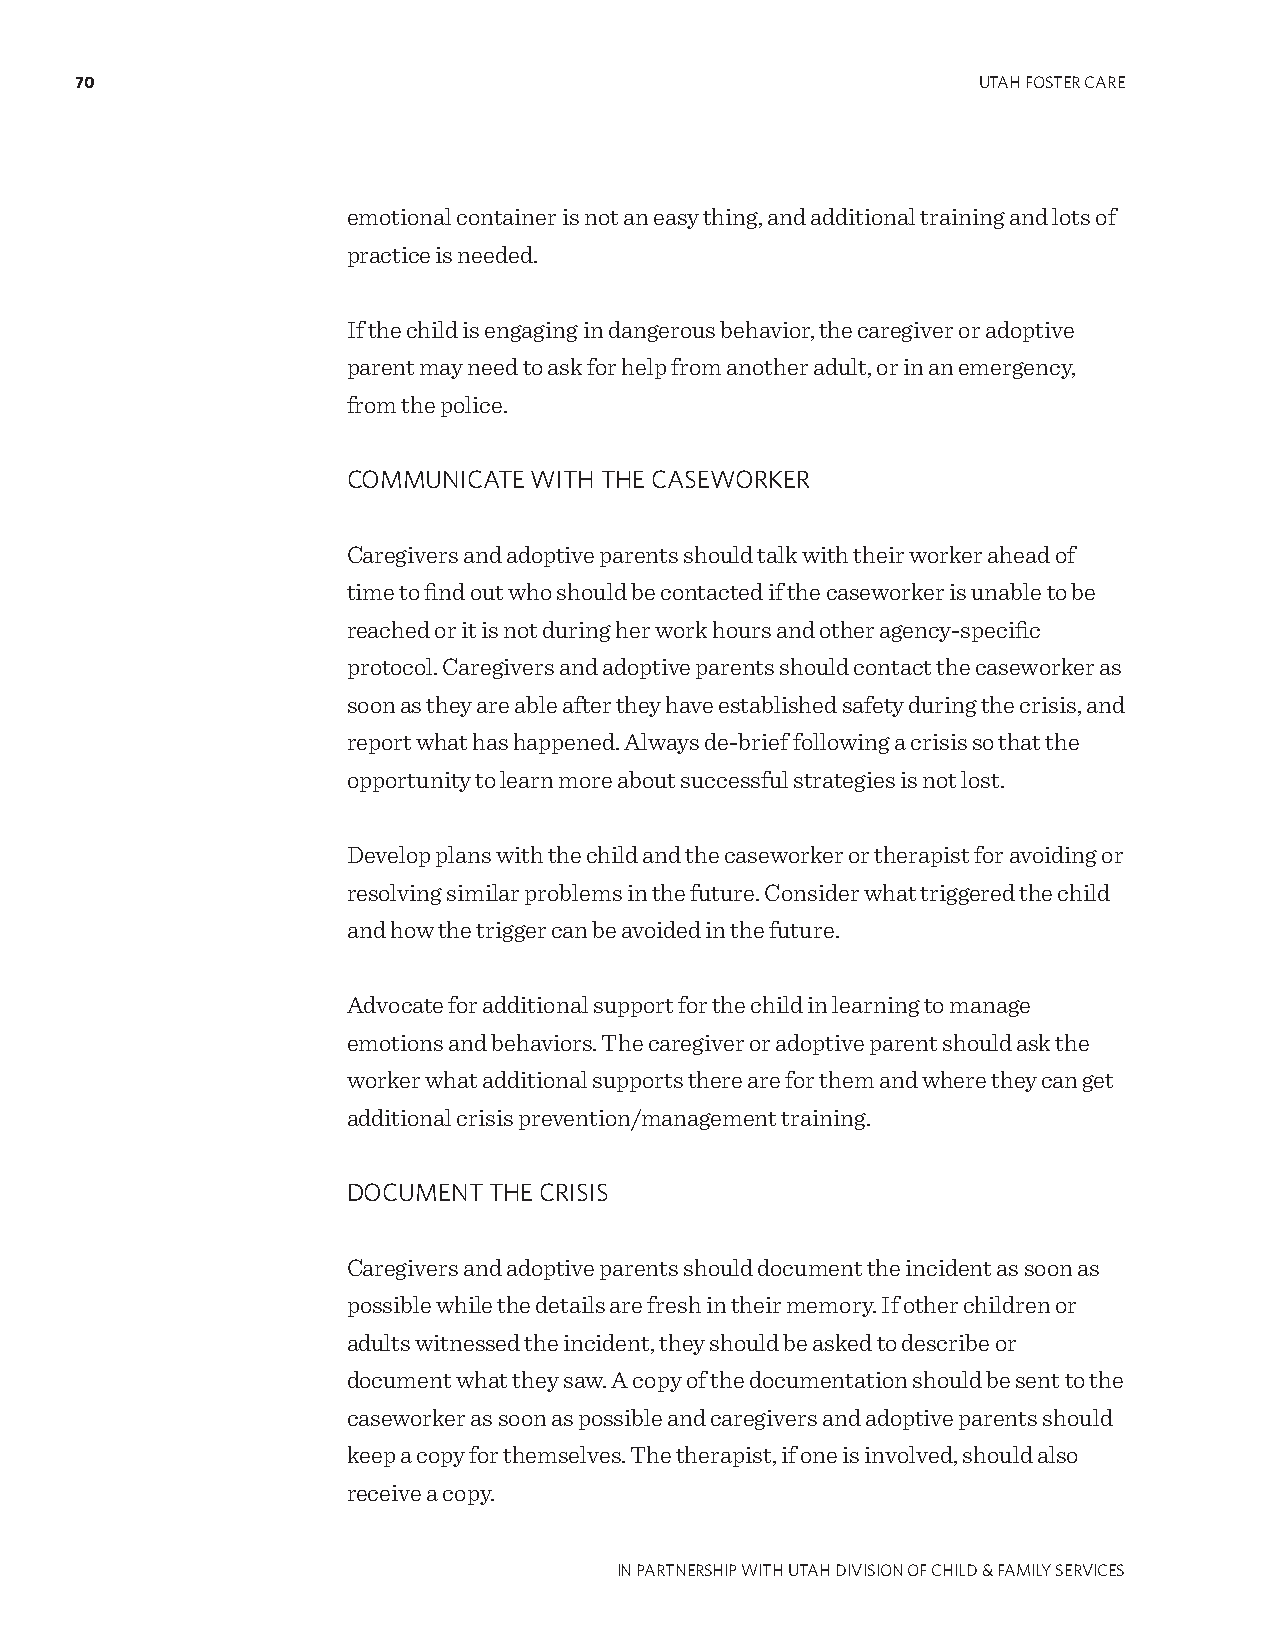
70                                                          UTAH FOSTER CARE
 emotional container is not an easy thing, and additional training and lots of
 practice is needed.
 If the child is engaging in dangerous behavior, the caregiver or adoptive
 parent may need to ask for help from another adult, or in an emergency,
 from the police.
 COMMUNICATE WITH THE CASEWORKER
 Caregivers and adoptive parents should talk with their worker ahead of
 time to find out who should be contacted if the caseworker is unable to be
 reached or it is not during her work hours and other agency-specific
 protocol. Caregivers and adoptive parents should contact the caseworker as
 soon as they are able after they have established safety during the crisis, and
 report what has happened. Always de-brief following a crisis so that the
 opportunity to learn more about successful strategies is not lost.
 Develop plans with the child and the caseworker or therapist for avoiding or
 resolving similar problems in the future. Consider what triggered the child
 and how the trigger can be avoided in the future.
 Advocate for additional support for the child in learning to manage
 emotions and behaviors. The caregiver or adoptive parent should ask the
 worker what additional supports there are for them and where they can get
 additional crisis prevention/management training.
 DOCUMENT THE CRISIS
 Caregivers and adoptive parents should document the incident as soon as
 possible while the details are fresh in their memory. If other children or
 adults witnessed the incident, they should be asked to describe or
 document what they saw. A copy of the documentation should be sent to the
 caseworker as soon as possible and caregivers and adoptive parents should
 keep a copy for themselves. The therapist, if one is involved, should also
 receive a copy.
 IN PARTNERSHIP WITH UTAH DIVISION OF CHILD & FAMILY SERVICES